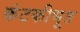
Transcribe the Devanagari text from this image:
कंटकीभूत